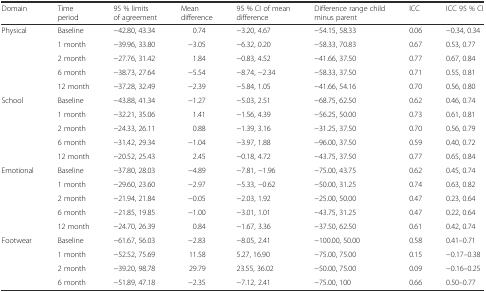
<table><thead><tr><td><b>Domain</b></td><td><b>Time period</b></td><td><b>95 % limits of agreement</b></td><td><b>Mean difference</b></td><td><b>95 % CI of mean difference</b></td><td><b>Difference range child minus parent</b></td><td><b>ICC</b></td><td><b>ICC 95 % CI</b></td></tr></thead><tbody><tr><td>Physical</td><td>Baseline</td><td>−42.80, 43.34</td><td>0.74</td><td>−3.20, 4.67</td><td>−54.15, 58.33</td><td>0.06</td><td>−0.34, 0.34</td></tr><tr><td></td><td>1 month</td><td>−39.96, 33.80</td><td>−3.05</td><td>−6.32, 0.20</td><td>−58.33, 70.83</td><td>0.67</td><td>0.53, 0.77</td></tr><tr><td></td><td>2 month</td><td>−27.76, 31.42</td><td>1.84</td><td>−0.83, 4.52</td><td>−41.66, 37.50</td><td>0.77</td><td>0.67, 0.84</td></tr><tr><td></td><td>6 month</td><td>−38.73, 27.64</td><td>−5.54</td><td>−8.74, −2.34</td><td>−58.33, 37.50</td><td>0.71</td><td>0.55, 0.81</td></tr><tr><td></td><td>12 month</td><td>−37.28, 32.49</td><td>−2.39</td><td>−5.84, 1.05</td><td>−41.66, 54.16</td><td>0.70</td><td>0.56, 0.80</td></tr><tr><td>School</td><td>Baseline</td><td>−43.88, 41.34</td><td>−1.27</td><td>−5.03, 2.51</td><td>−68.75, 62.50</td><td>0.62</td><td>0.46, 0.74</td></tr><tr><td></td><td>1 month</td><td>−32.21, 35.06</td><td>1.41</td><td>−1.56, 4.39</td><td>−56.25, 50.00</td><td>0.73</td><td>0.61, 0.81</td></tr><tr><td></td><td>2 month</td><td>−24.33, 26.11</td><td>0.88</td><td>−1.39, 3.16</td><td>−31.25, 37.50</td><td>0.70</td><td>0.56, 0.79</td></tr><tr><td></td><td>6 month</td><td>−31.42, 29.34</td><td>−1.04</td><td>−3.97, 1.88</td><td>−96.00, 37.50</td><td>0.59</td><td>0.40, 0.72</td></tr><tr><td></td><td>12 month</td><td>−20.52, 25.43</td><td>2.45</td><td>−0.18, 4.72</td><td>−43.75, 37.50</td><td>0.77</td><td>0.65, 0.84</td></tr><tr><td>Emotional</td><td>Baseline</td><td>−37.80, 28.03</td><td>−4.89</td><td>−7.81, −1.96</td><td>−75.00, 43.75</td><td>0.62</td><td>0.45, 0.74</td></tr><tr><td></td><td>1 month</td><td>−29.60, 23.60</td><td>−2.97</td><td>−5.33, −0.62</td><td>−50.00, 31.25</td><td>0.74</td><td>0.63, 0.82</td></tr><tr><td></td><td>2 month</td><td>−21.94, 21.84</td><td>−0.05</td><td>−2.03, 1.92</td><td>−25.00, 50.00</td><td>0.47</td><td>0.23, 0.64</td></tr><tr><td></td><td>6 month</td><td>−21.85, 19.85</td><td>−1.00</td><td>−3.01, 1.01</td><td>−43.75, 31.25</td><td>0.47</td><td>0.22, 0.64</td></tr><tr><td></td><td>12 month</td><td>−24.70, 26.39</td><td>0.84</td><td>−1.67, 3.36</td><td>−37.50, 62.50</td><td>0.61</td><td>0.42, 0.74</td></tr><tr><td>Footwear</td><td>Baseline</td><td>−61.67, 56.03</td><td>−2.83</td><td>−8.05, 2.41</td><td>−100.00, 50.00</td><td>0.58</td><td>0.41–0.71</td></tr><tr><td></td><td>1 month</td><td>−52.52, 75.69</td><td>11.58</td><td>5.27, 16.90</td><td>−75.00, 75.00</td><td>0.15</td><td>−0.17–0.38</td></tr><tr><td></td><td>2 month</td><td>−39.20, 98.78</td><td>29.79</td><td>23.55, 36.02</td><td>−50.00, 75.00</td><td>0.09</td><td>−0.16–0.25</td></tr><tr><td></td><td>6 month</td><td>−51.89, 47.18</td><td>−2.35</td><td>−7.12, 2.41</td><td>−75.00, 100</td><td>0.66</td><td>0.50–0.77</td></tr></tbody></table>